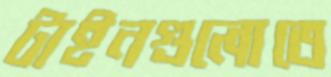
টাইনগুলোতে